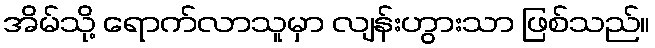
အိမ်သို့ ရောက်လာသူမှာ လျန်းဟွားသာ ဖြစ်သည်။